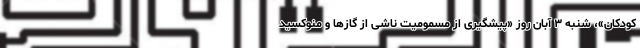
کودکان»، شنبه ۳ آبان روز «پیشگیری از مسمومیت ناشی از گازها و منوکسید